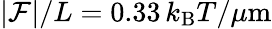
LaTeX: |{\cal F}|/L=0.33\, k_{\mathrm{B}}T/\mu\mathrm{m}